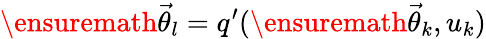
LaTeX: \ensuremath{\vec{\theta}}_{l}=q^{\prime}(\ensuremath{\vec{\theta}}_{k},u_{k})